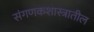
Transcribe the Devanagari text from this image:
संगणकशास्त्रातील